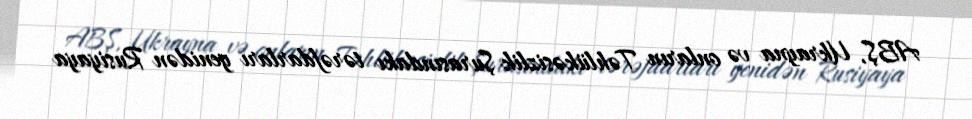
ABŞ, Ukrayna və onların Təhlükəsizlik Şurasındakı tərəfdarları yenidən Rusiyaya